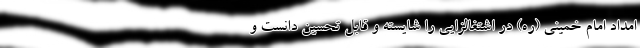
امداد امام خمینی (ره) در اشتغالزایی را شایسته و قابل تحسین دانست و